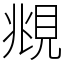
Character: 覜